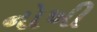
નોખી